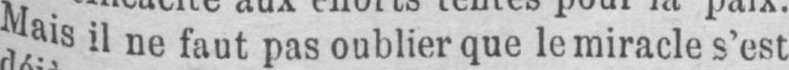
Mais il ne faut pas oublier que le miracle s’est